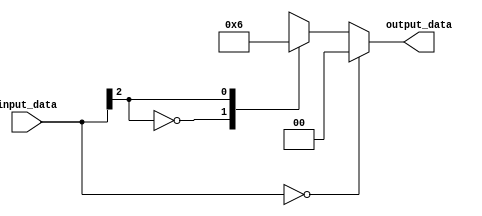
module casez_statement(input [2:0] input_data,
                          output reg [1:0] output_data);

    always @* begin
        casez(input_data)
            3'b000: output_data = 2'b00;
            3'b0??: output_data = 2'b01;
            3'b1??: output_data = 2'b10;
            default: output_data = 2'b11;
        endcase
    end
endmodule